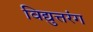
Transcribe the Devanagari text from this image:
विद्युत्तरंग